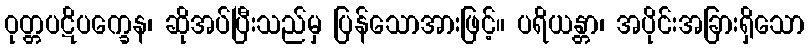
ဝုတ္တပဋိပက္ခေန၊ ဆိုအပ်ပြီးသည်မှ ပြန်သောအားဖြင့်။ ပရိယန္တာ၊ အပိုင်းအခြားရှိသော